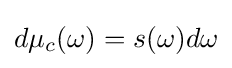
d\mu _{c}(\omega )=s(\omega )d\omega